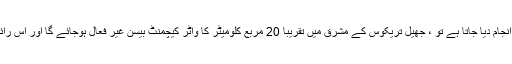
رائے مضمون میں؛ اگر اس منصوبے کو متبادل کے طور پر انجام دیا جاتا ہے تو ، جھیل تریکوس کے مشرق میں تقریبا 20 مربع کلومیٹر کا واٹر کیچمنٹ بیسن غیر فعال ہوجائے گا اور اس رائے پر کہ X تقریبا 18 ملین مکعب میٹر پانی کا نقصان ہوگا “۔